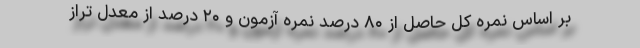
بر اساس نمره کل حاصل از ۸۰ درصد نمره آزمون و ۲۰ درصد از معدل تراز